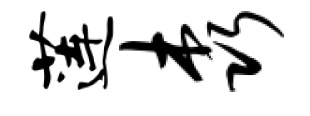
莲森